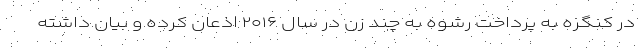
در کنگره به پرداخت رشوه به چند زن در سال ۲۰۱۶ اذعان کرده و بیان داشته